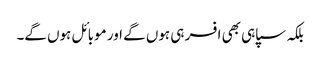
بلکہ سپاہی بھی افسر ہی ہوں گے اور موبائل ہوں گے۔